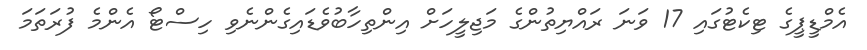
އެމްޑީޕީގެ ޓިކެޓުގައި 17 ވަނަ ރައްޔިތުންގެ މަޖިލީހަށް އިންތިހާބުވެޑައިގެންނެވި ހިސްޓޯ އެންމެ ފުރަތަމަ